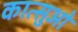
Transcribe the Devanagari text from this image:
कात्सुओ